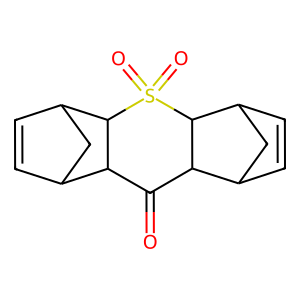
SMILES: O=C1C2C3C=CC(C3)C2S(=O)(=O)C2C3C=CC(C3)C12
Inhibits HIV replication: No